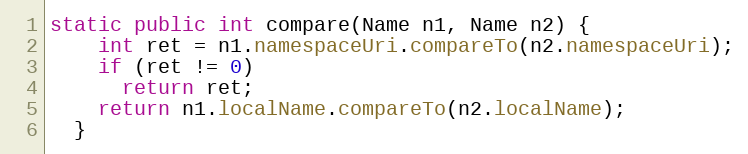
Language: Java
static public int compare(Name n1, Name n2) {
    int ret = n1.namespaceUri.compareTo(n2.namespaceUri);
    if (ret != 0)
      return ret;
    return n1.localName.compareTo(n2.localName);
  }